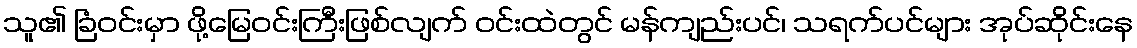
သူ၏ ခြံဝင်းမှာ ဖို့မြေဝင်းကြီးဖြစ်လျက် ဝင်းထဲတွင် မန်ကျည်းပင်၊ သရက်ပင်များ အုပ်ဆိုင်းနေ